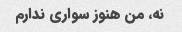
نه، من هنوز سواری ندارم